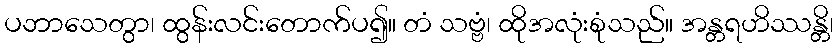
ပဘာသေတွာ၊ ထွန်းလင်းတောက်ပ၍။ တံ သဗ္ဗံ၊ ထိုအလုံးစုံသည်။ အန္တရဟိဿန္တိ၊